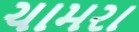
ચામરા